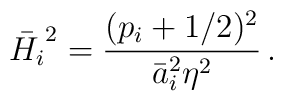
\bar{H_i}^2 = \frac{(p_i + 1/2)^2}{\bar{a}_i^2 \eta^2} \,.